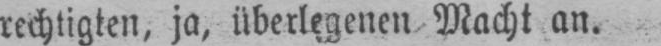
rechtigten, ja, überlegenen Macht an.